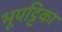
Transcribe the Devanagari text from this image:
भूपट्टिका